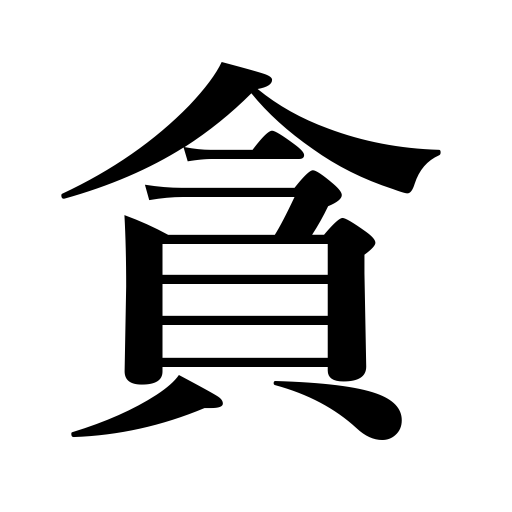
Meanings: coveting,covet,indulge in